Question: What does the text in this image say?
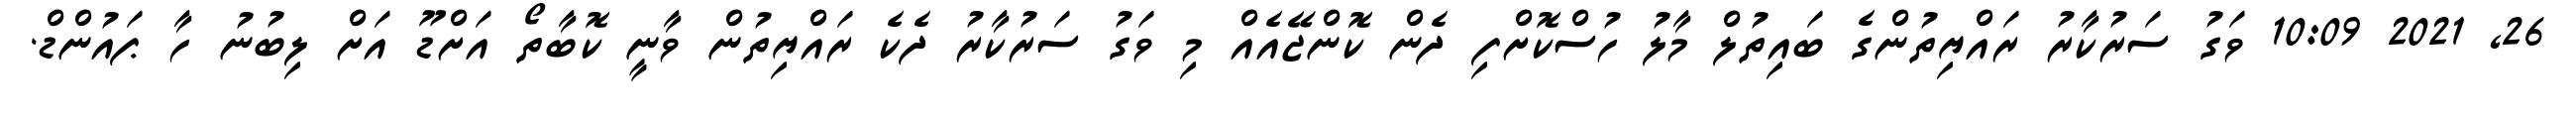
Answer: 26, 2021 10:09 ވަގު ސަރުކާރު ރައްޔިތުންގެ ބައިތުލް މާލު ހުސްކޮށްފި ދެން ކޮންޖޭއެއް މި ވަގު ސަރުކާރު ދެކެ ރައްޔިތުން ވާނީ ކޮބާތޯ އަށްޑޫ އަށް ލިބުނު ހާ ޕައުންޑް.